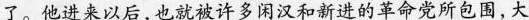
了。他进来以后，也就被许多闲汉和新进的革命党所包围，大